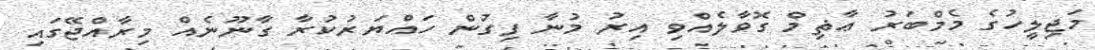
މަޖިލީހުގެ މެމްބަރު ޢާޡިމް ގޮވާލެއްވި އިރު މުނާ ފިގުން ހައްޔަރުކުރާ ގާނޫނެއް މިރާއްޖޭގައި